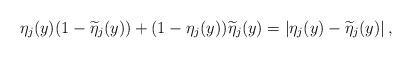
\begin{align*}\eta_j(y) (1- \widetilde\eta_j(y))+(1-\eta_j(y)) \widetilde\eta_j(y)= |\eta_j(y)- \widetilde\eta_j(y)|\, ,\end{align*}